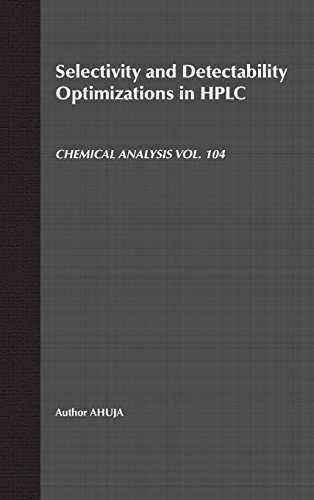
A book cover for Selectivity and Detectability Optimizations in HPLC (Chemical Analysis: A Series of Monographs on Analytical Chemistry and Its Applications); Satinder Ahuja; Science & Math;